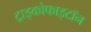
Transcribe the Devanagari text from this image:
ट्राइकोफाइटॉन